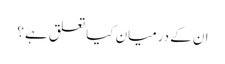
ان کے درمیان کیا تعلق ہے ؟